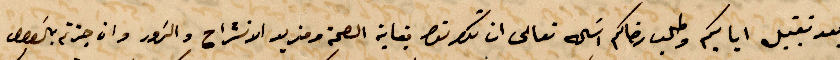
بعد تقبيل اياديكم وطلب رضاكم اساله تعالى ان تكونو بعناية الصحة ومزيد الانشراح والزور وان %%